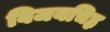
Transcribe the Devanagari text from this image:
विजयचिह्न